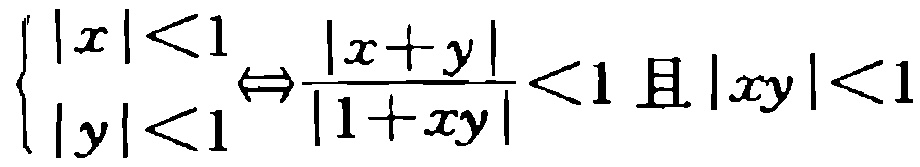
$\left\{\begin{array}{l}|x|<1 \\ |y|<1\end{array}\Leftrightarrow \frac{|x + y|}{|1 + xy|}<1 \text{ 且 } |xy|<1\right.$